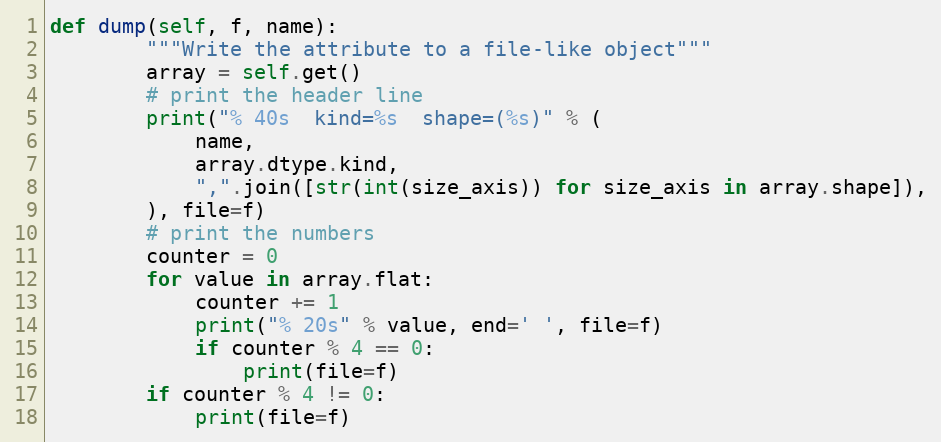
Language: Python
def dump(self, f, name):
        """Write the attribute to a file-like object"""
        array = self.get()
        # print the header line
        print("% 40s  kind=%s  shape=(%s)" % (
            name,
            array.dtype.kind,
            ",".join([str(int(size_axis)) for size_axis in array.shape]),
        ), file=f)
        # print the numbers
        counter = 0
        for value in array.flat:
            counter += 1
            print("% 20s" % value, end=' ', file=f)
            if counter % 4 == 0:
                print(file=f)
        if counter % 4 != 0:
            print(file=f)